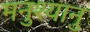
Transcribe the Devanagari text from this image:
मनुश्‍यानु